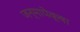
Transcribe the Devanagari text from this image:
जन्मापेक्षा